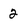
Character: 2